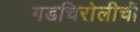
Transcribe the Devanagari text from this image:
गडचिरोलीची